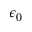
\epsilon _ { 0 }